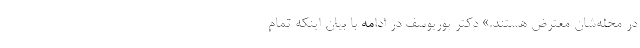
در محله‌شان معترض هستند.» دکتر ‌پوریوسف در ادامه با بیان اینکه تمام